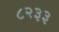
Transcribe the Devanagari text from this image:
८२३३